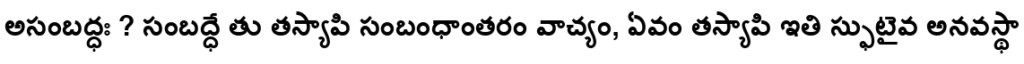
అసంబద్ధః ? సంబద్ధే తు తస్యాపి సంబంధాంతరం వాచ్యం, ఏవం తస్యాపి ఇతి స్ఫుటైవ అనవస్థా